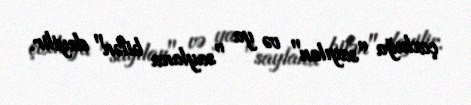
çoxluğa "sayılan" və ya "saylana bilən" deyilir.